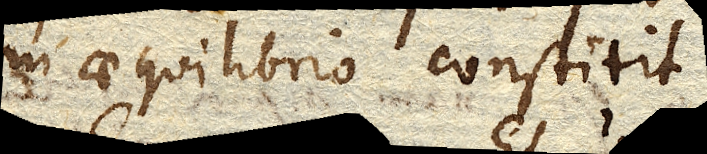
in aequilibrio constitit.